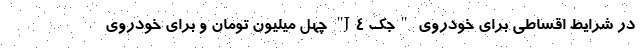
در شرایط اقساطی برای خودروی "جک J4" چهل میلیون تومان و برای خودروی